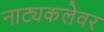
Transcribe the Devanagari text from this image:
नाट्यकलेवर